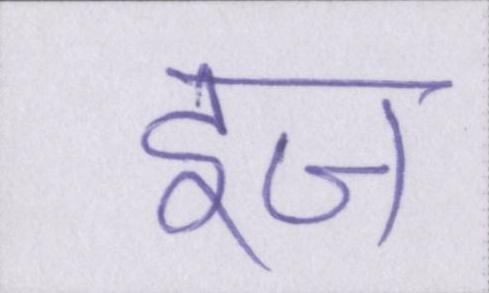
इज